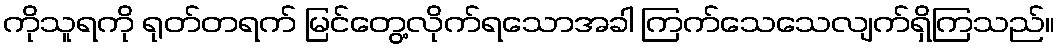
ကိုသူရကို ရုတ်တရက် မြင်တွေ့လိုက်ရသောအခါ ကြက်သေသေလျက်ရှိကြသည်။